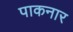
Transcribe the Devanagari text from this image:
पाकनार